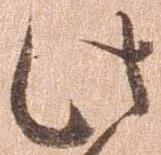
此